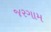
જરગામ